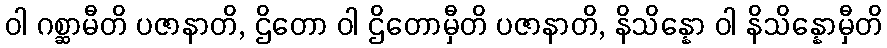
ဝါ ဂစ္ဆာမီတိ ပဇာနာတိ, ဌိတော ဝါ ဌိတောမှီတိ ပဇာနာတိ, နိသိန္နော ဝါ နိသိန္နောမှီတိ